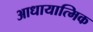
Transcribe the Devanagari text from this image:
आधायात्मिक